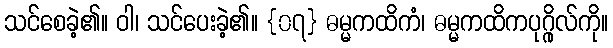
သင်စေခဲ့၏။ ဝါ၊ သင်ပေးခဲ့၏။ {၀၇} ဓမ္မကထိကံ၊ ဓမ္မကထိကပုဂ္ဂိုလ်ကို။